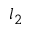
l _ { 2 }